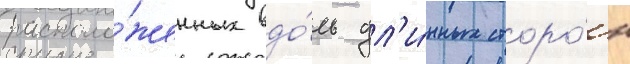
располо́женных вдо́ль дл'и́нных сторо́н